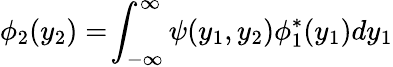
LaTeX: \phi_{2}(y_{2})=\! \int_{-\infty}^{\infty}\psi(y_{1},y_{2})\phi_{1}^{*}(y_{1})dy_{1}